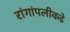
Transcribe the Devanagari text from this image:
रांगांपलीकडे